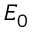
E _ { 0 }